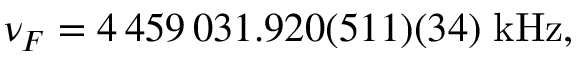
\nu _ { F } = 4 \, 4 5 9 \, 0 3 1 . 9 2 0 ( 5 1 1 ) ( 3 4 ) \; \mathrm { k H z } ,